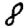
Digit: 8